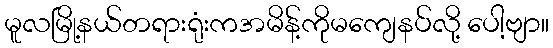
မူလမြို့နယ်တရားရုံးကအမိန့်ကိုမကျေနပ်လို့ ပေါ့ဗျာ။